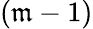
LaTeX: (\mathfrak{m}-1)